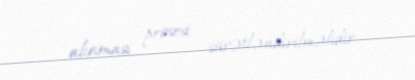
alınması prosesi sürətləndirilməlidir.